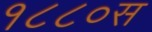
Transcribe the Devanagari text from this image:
१८८०स